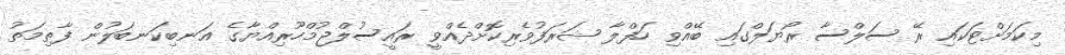
މިކަމަށްޓަކައި ރޭ ސަލްސާ ރޯޔަލްގައި ބޭއްވި ހަފްލާ ޝަރަފުވެރިކޮށްދެއްވީ ރައީސުލްޖުމްހޫރިއްޔާގެ އަނބިކަނބަލުން ފާތިމަތު